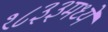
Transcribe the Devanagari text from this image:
१८३३मध्ये